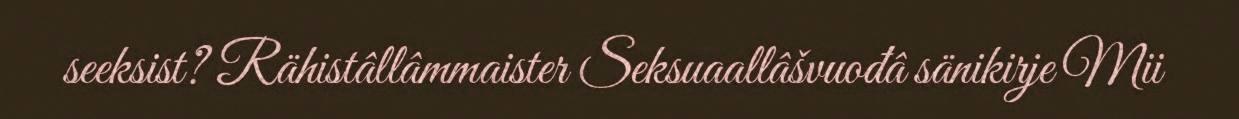
seeksist? Rähistâllâmmaister Seksuaallâšvuođâ sänikirje Mii